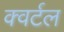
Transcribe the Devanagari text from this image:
क्वर्टल